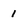
Character: 1